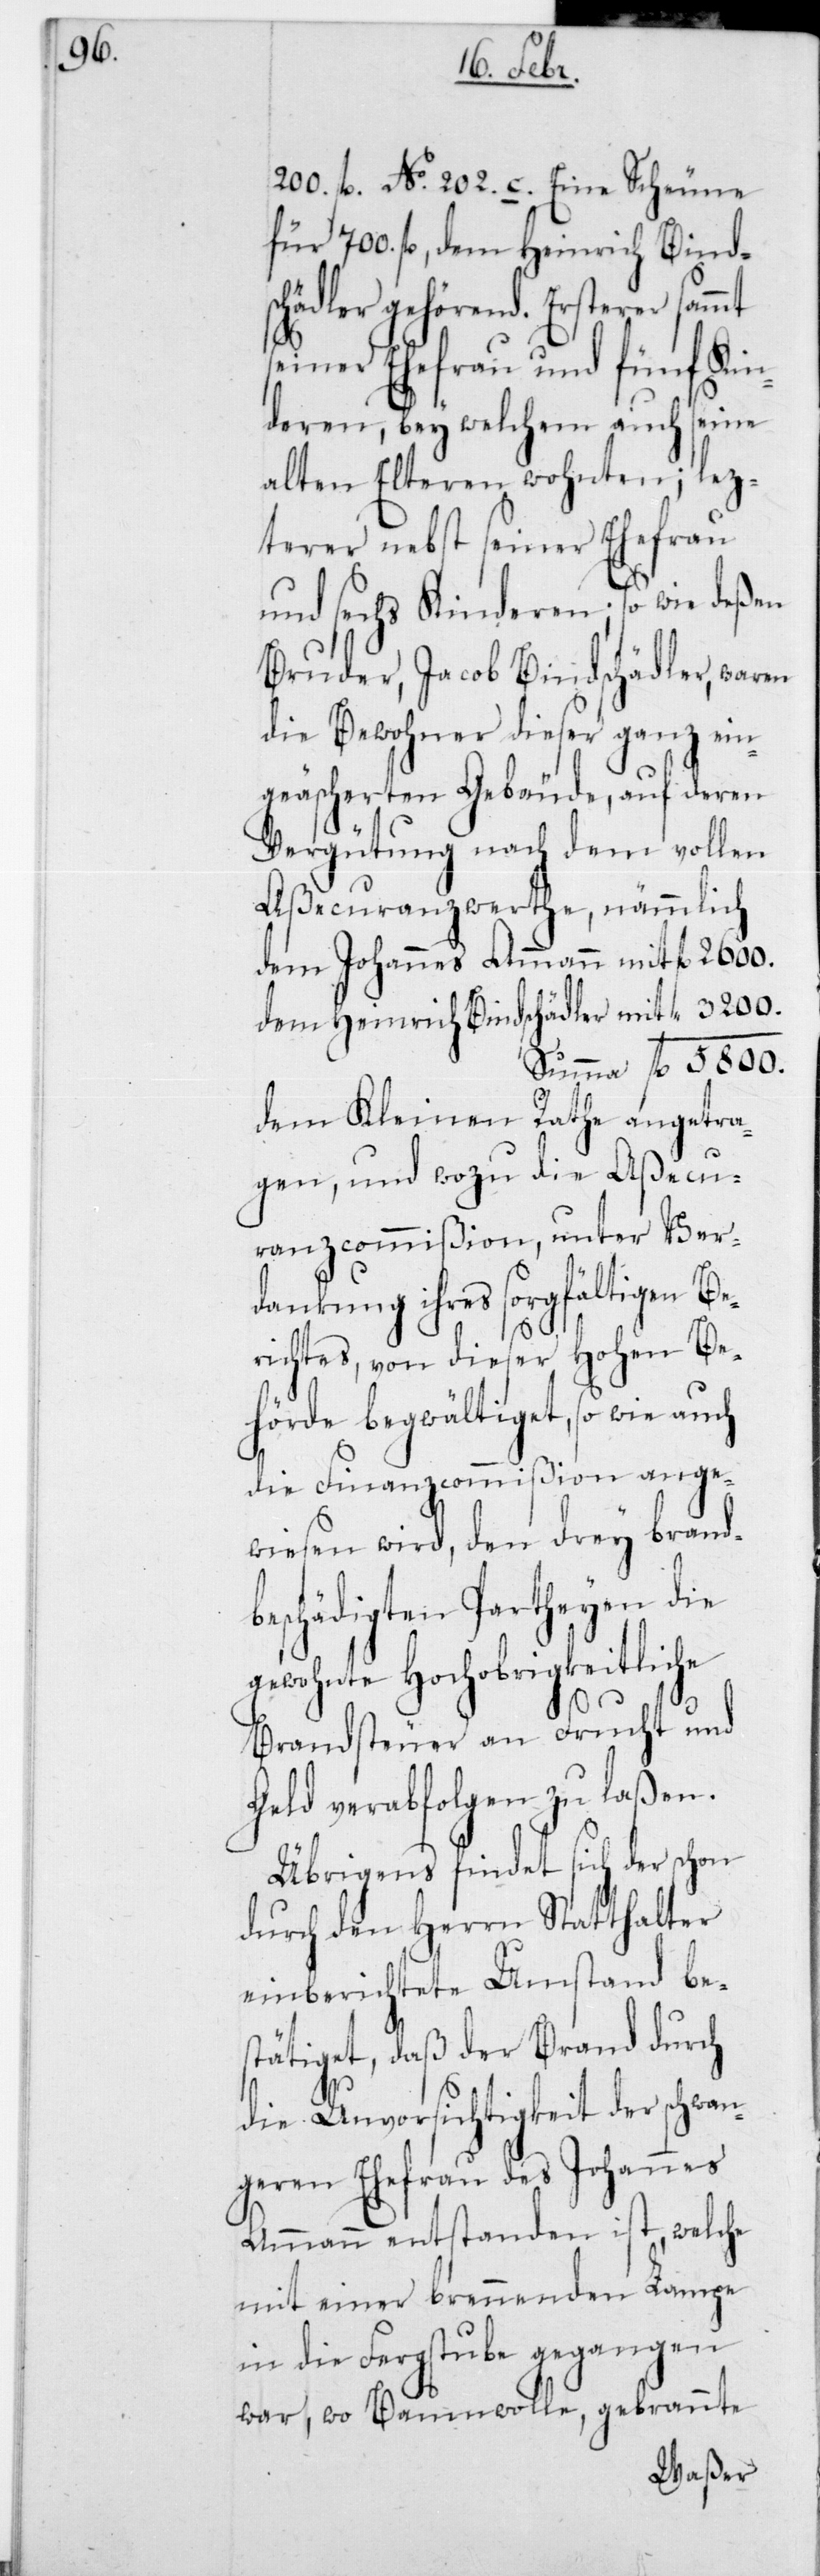
200 fl. No 202 c. Eine Scheune
für 700 fl., dem Heinrich Bind¬
schädler gehörend. Ersterer sammt
seiner Ehefrau und fünf Kin¬
deren, bey welchem auch seine
alten Elteren wohnten; lez¬
terer nebst seiner Ehefrau
und sechs Kinderen; so wie deßen
Bruder, Jacob Bindschädler, waren
die Bewohner dieser ganz ein¬
geäscherten Gebäude, auf deren
Vergütung nach dem vollen
Assecuranzwerthe, nämmlich
dem Johannes Ammann mit fl. 2600
dem Heinrich Bindschädler mit fl. 3200
Summa fl. 5800,
dem Kleinen Rathe angetra¬
gen, und wozu die Aßecu¬
ranzcommißion, unter Ver¬
dankung ihres sorgfältigen Be¬
richtes, von dieser Hohen Be¬
hörde begwältiget, so wie auch
die Finanzcommißion ange¬
wiesen wird, den drey brandb¬
eschädigten Partheyen die
gewohnte Hochobrigkeitliche
Brandsteuer an Frucht und
Geld verabfolgen zu laßen.
Übrigens findet sich der schon
durch den Herrn Statthalter
einberichtete Umstand be¬
stätiget, daß der Brand durch
die Unvorsichtigkeit der schwan¬
geren Ehefrau des Johannes
Ammann entstanden ist, welche
mit einer brennenden Lampe
in die Fergstube gegangen
war, wo Baumwolle, gebrannte